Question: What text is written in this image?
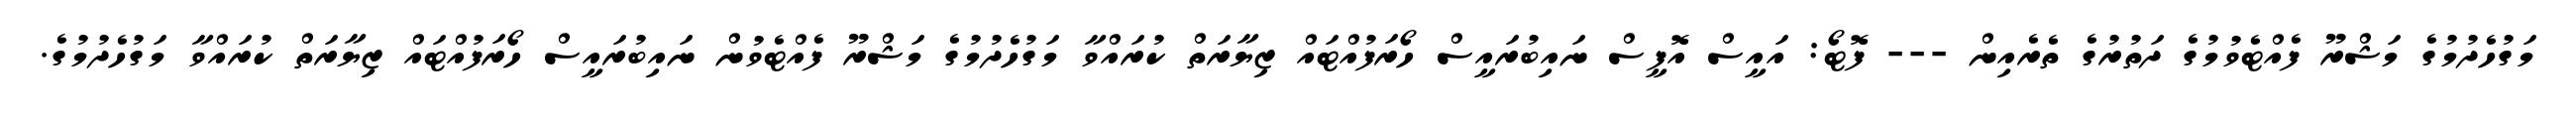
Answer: މަގުހެދުމުގެ މަޝްރޫ ފެއްޓެވުމުގެ ދަތުރުގެ ތެރެއިން --- ފޮޓޯ: އައީސް އޮފީސް ނައިބުރައީސް ހޯރަފުއްޓައް ޒިޔާރަތް ކުރައްވާ މަގުހެދުމުގެ މަޝްރޫ ފެއްޓެވުން ނައިބުރައީސް ހޯރަފުއްޓައް ޒިޔާރަތް ކުރައްވާ މަގުހެދުމުގެ.